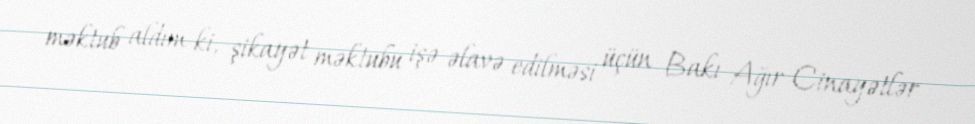
məktub aldım ki, şikayət məktubu işə əlavə edilməsi üçün Bakı Ağır Cinayətlər